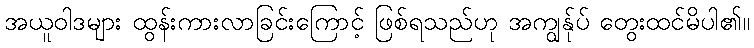
အယူဝါဒများ ထွန်းကားလာခြင်းကြောင့် ဖြစ်ရသည်ဟု အကျွန်ုပ် တွေးထင်မိပါ၏။